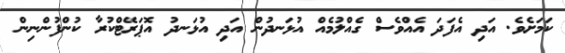
ކަމަށެވެ. އަދި އެފަދަ އެއްވެސް ގެއްލުމެއް އުޅަނދުން އަދި އުޅަނދު އޮޕަރޭޓްކުރާ ކުންފުންނިން